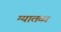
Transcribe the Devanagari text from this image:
ग्यातव्य